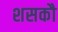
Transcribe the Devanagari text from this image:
शसकौ